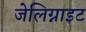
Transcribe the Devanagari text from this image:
जेलिग्नाइट